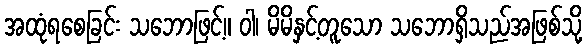
အထုံရစေခြင်း သဘောဖြင့်။ ဝါ၊ မိမိနှင့်တူသော သဘောရှိသည်အဖြစ်သို့